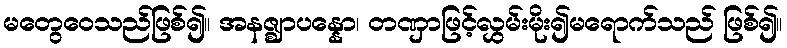
မတွေဝေသည်ဖြစ်၍။ အနဇ္ဈာပန္နော၊ တဏှာဖြင့်လွှမ်းမိုး၍မရောက်သည် ဖြစ်၍။